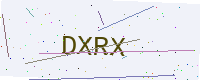
Text: DXRX